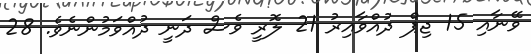
ވޭނާއި 15 ޖިޕް ދުއްވާއިރު 21 ލޮރީ ވެސް ދަނީ ދުއްވަމުންނެވެ. 28